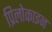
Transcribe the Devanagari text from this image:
प्रिलोकाइन